Document type: Grant
Year: 1310
Scribe: [Unknown]
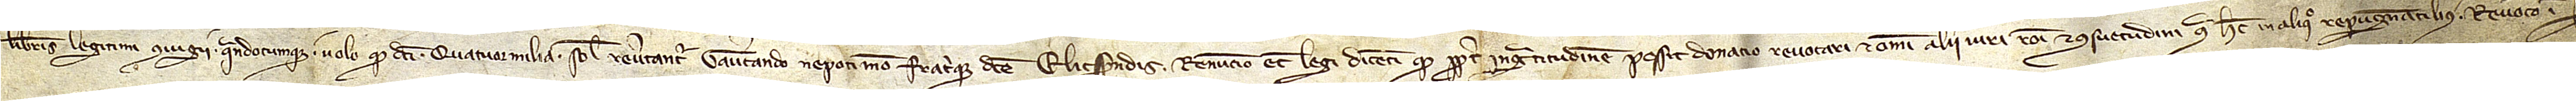
liberis legitimi coniugii quandocumque, volo quod dicti quatuor milia solidos revertantur Gaucerando, nepoti meo fratrique dicte Elicsendis. Renuncio etiam legi dicenti quod propter ingratitudinem possit donacio revocari et omni alii iuri, racioni et consuetudini contra hec in aliquo repugnantibus. Revoco insuper